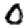
Digit: 0